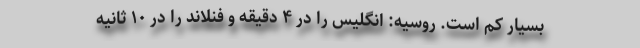
بسیار کم است. روسیه: انگلیس را در ۴ دقیقه و فنلاند را در ۱۰ ثانیه